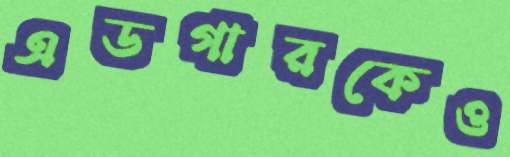
এডগারকেও